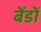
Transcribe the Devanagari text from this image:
बेंडों